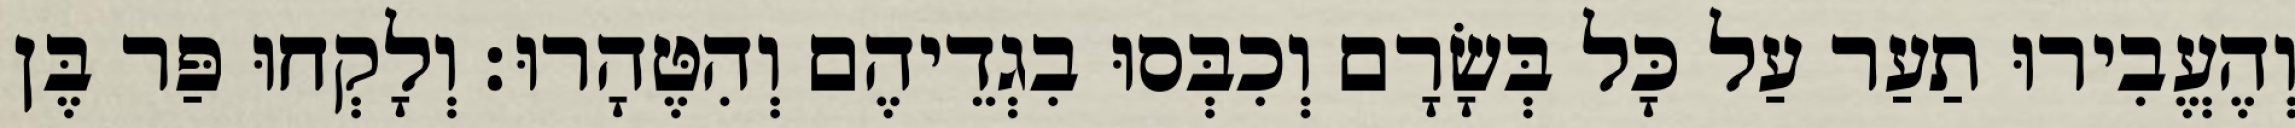
וְהֶעֱבִירוּ תַעַר עַל כָּל בְּשָׂרָם וְכִבְּסוּ בִגְדֵיהֶם וְהִטֶּהָרוּ׃ וְלָקְחוּ פַּר בֶּן